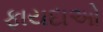
ફાયદાઓ